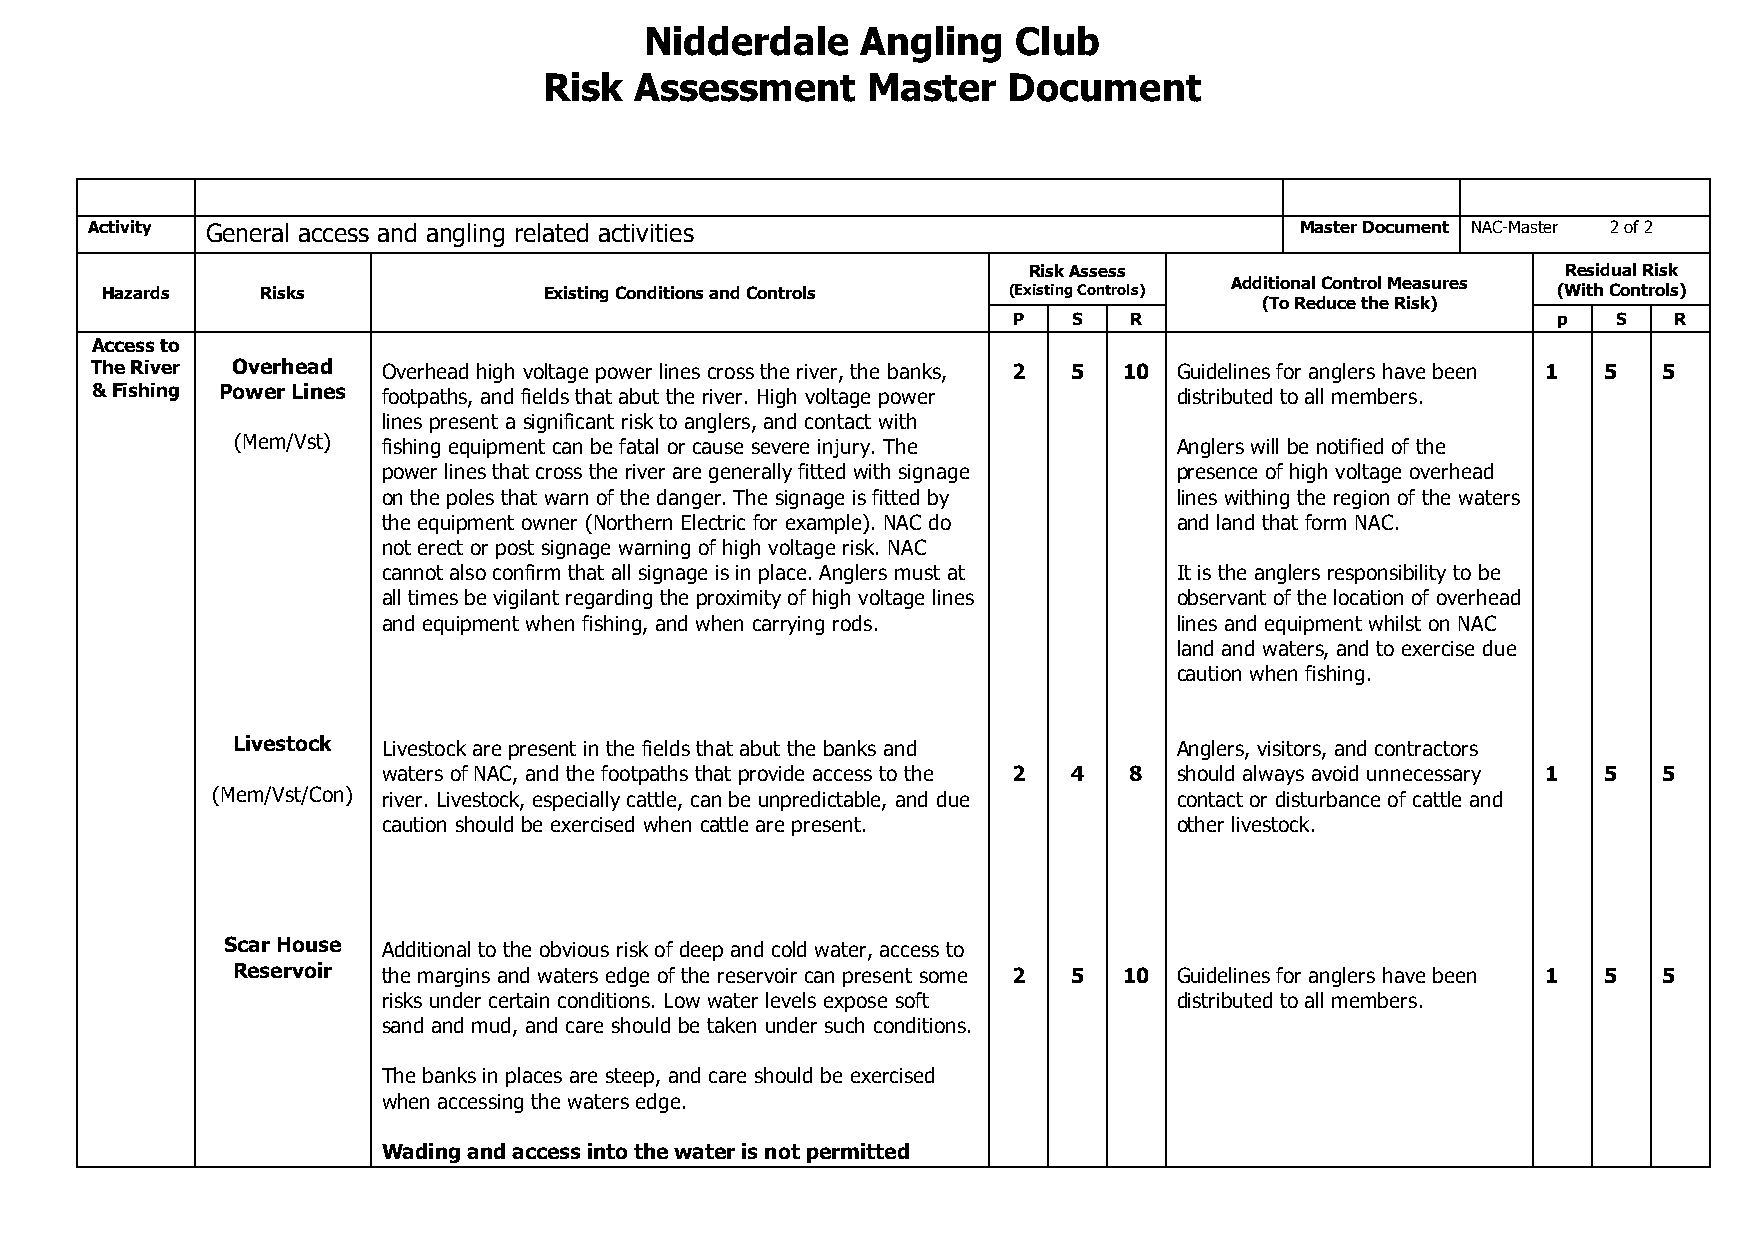
Nidderdale    Angling   Club
 Risk  Assessment     Master    Document
 Activity General access and angling related activities                          Master Document NAC-Master 2 of 2
 Risk Assess                         Residual Risk
 Hazards   Risks              Existing Conditions and Controls (Existing Controls) Additional Control Measures (With Controls)
 (To Reduce the Risk)
 P   S   R                           p   S   R
 Access to
 The River Overhead Overhead high voltage power lines cross the river, the banks, 2 5 10 Guidelines for anglers have been 1 5 5
 & Fishing Power Lines footpaths, and fields that abut the river. High voltage power distributed to all members.
 lines present a significant risk to anglers, and contact with
 (Mem/Vst) fishing equipment can be fatal or cause severe injury. The Anglers will be notified of the
 power lines that cross the river are generally fitted with signage presence of high voltage overhead
 on the poles that warn of the danger. The signage is fitted by lines withing the region of the waters
 the equipment owner (Northern Electric for example). NAC do and land that form NAC.
 not erect or post signage warning of high voltage risk. NAC
 cannot also confirm that all signage is in place. Anglers must at It is the anglers responsibility to be
 all times be vigilant regarding the proximity of high voltage lines observant of the location of overhead
 and equipment when fishing, and when carrying rods.  lines and equipment whilst on NAC
 land and waters, and to exercise due
 caution when fishing.
 Livestock Livestock are present in the fields that abut the banks and Anglers, visitors, and contractors
 waters of NAC, and the footpaths that provide access to the 2 4 8 should always avoid unnecessary 1 5 5
 (Mem/Vst/Con) river. Livestock, especially cattle, can be unpredictable, and due contact or disturbance of cattle and
 caution should be exercised when cattle are present. other livestock.
 Scar House Additional to the obvious risk of deep and cold water, access to
 Reservoir the margins and waters edge of the reservoir can present some 2 5 10 Guidelines for anglers have been 1 5 5
 risks under certain conditions. Low water levels expose soft distributed to all members.
 sand and mud, and care should be taken under such conditions.
 The banks in places are steep, and care should be exercised
 when accessing the waters edge.
 Wading and access into the water is not permitted